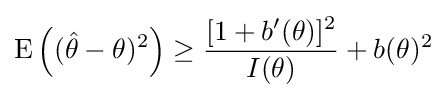
\operatorname {E} \left(({\hat {\theta }}-\theta )^{2}\right)\geq {\frac {[1+b'(\theta )]^{2}}{I(\theta )}}+b(\theta )^{2}